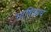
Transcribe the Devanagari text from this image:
भाषिकाच